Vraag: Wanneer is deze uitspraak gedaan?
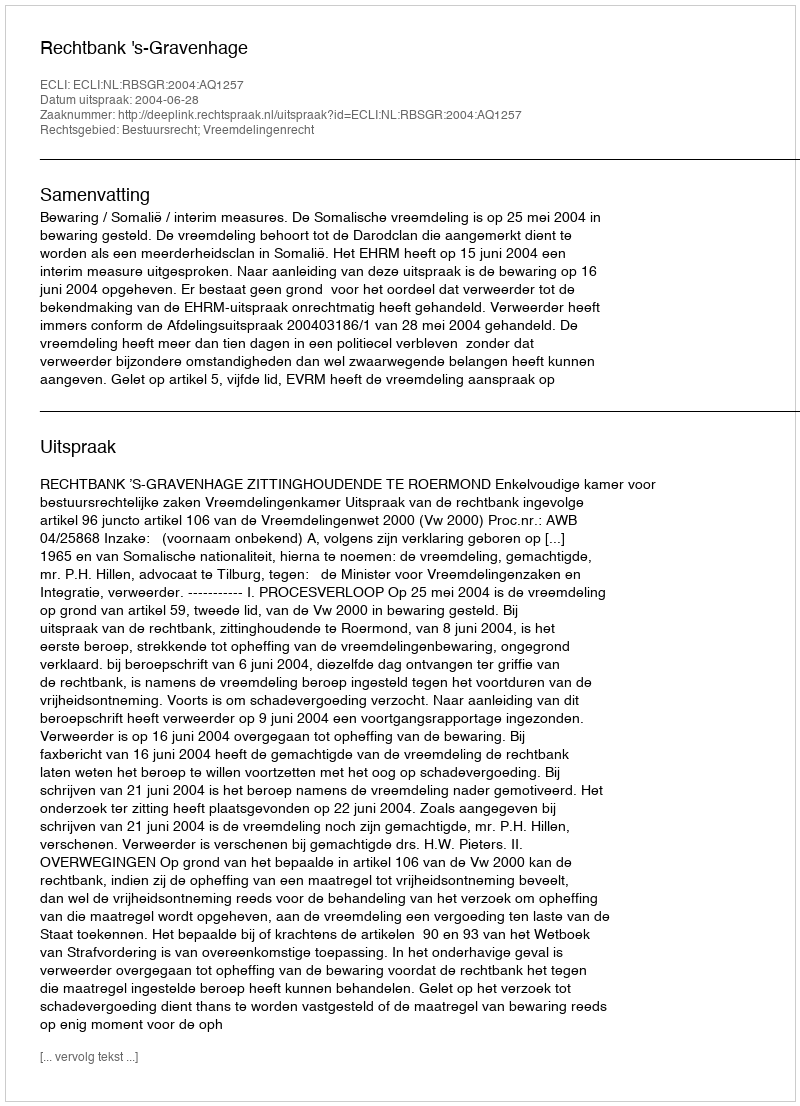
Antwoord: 2004-06-28